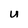
Character: U